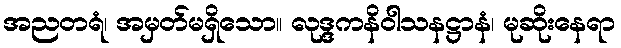
အညတရံ၊ အမှတ်မရှိသော။ လုဒ္ဒကနိဝါသနဋ္ဌာနံ၊ မုဆိုးနေရာ